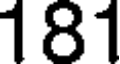
181